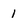
Character: 1